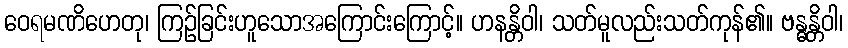
ဝေရမဏိဟေတု၊ ကြဉ်ခြင်းဟူသောအကြောင်းကြောင့်။ ဟနန္တိဝါ၊ သတ်မူလည်းသတ်ကုန်၏။ ဗန္ဓန္တိဝါ၊